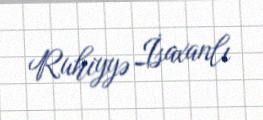
Ruhiyyə İsaxanlı